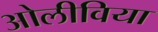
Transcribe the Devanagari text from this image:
ओलीविया